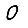
Digit: 0